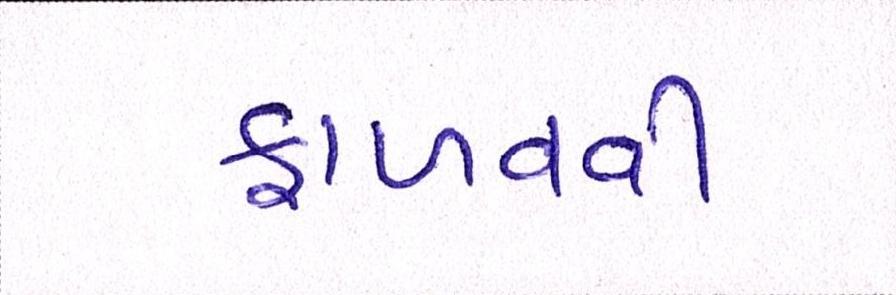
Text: ફાળવવી